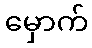
မှောက်